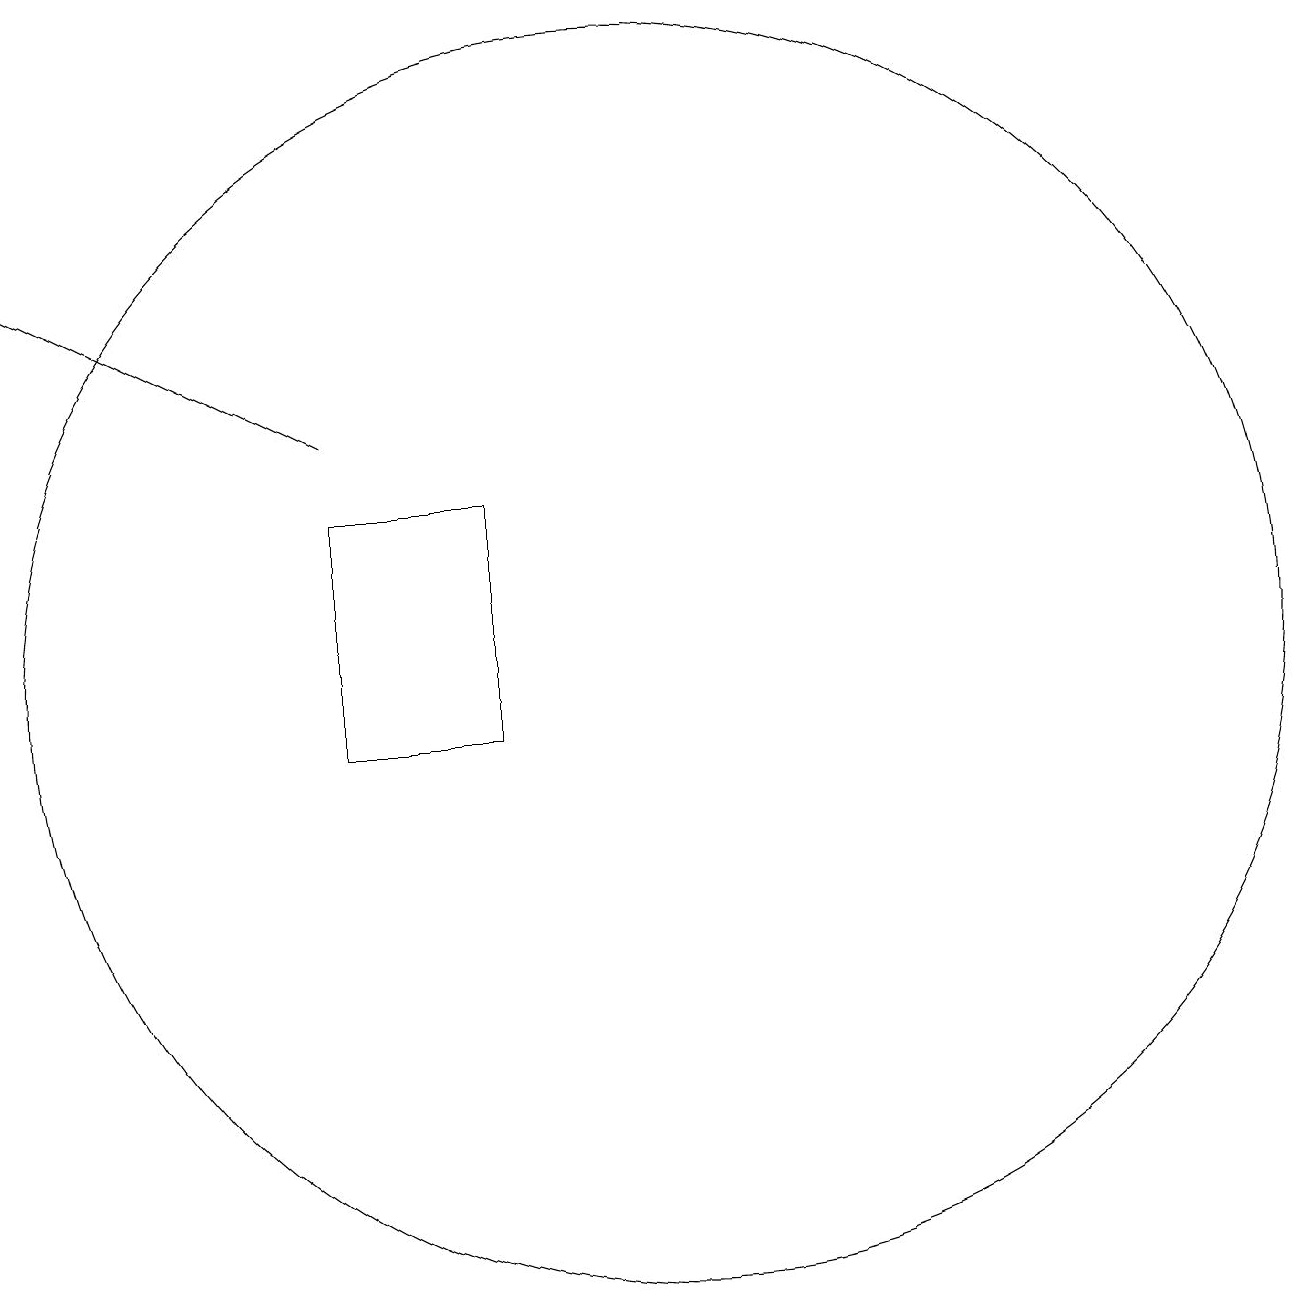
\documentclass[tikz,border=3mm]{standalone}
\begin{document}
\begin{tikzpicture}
\draw (8,11) rectangle (6,14);
\draw[->] (6,15) -- (2,17);
\draw (10,12) circle (8);
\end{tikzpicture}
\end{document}